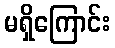
မရှိကြောင်း